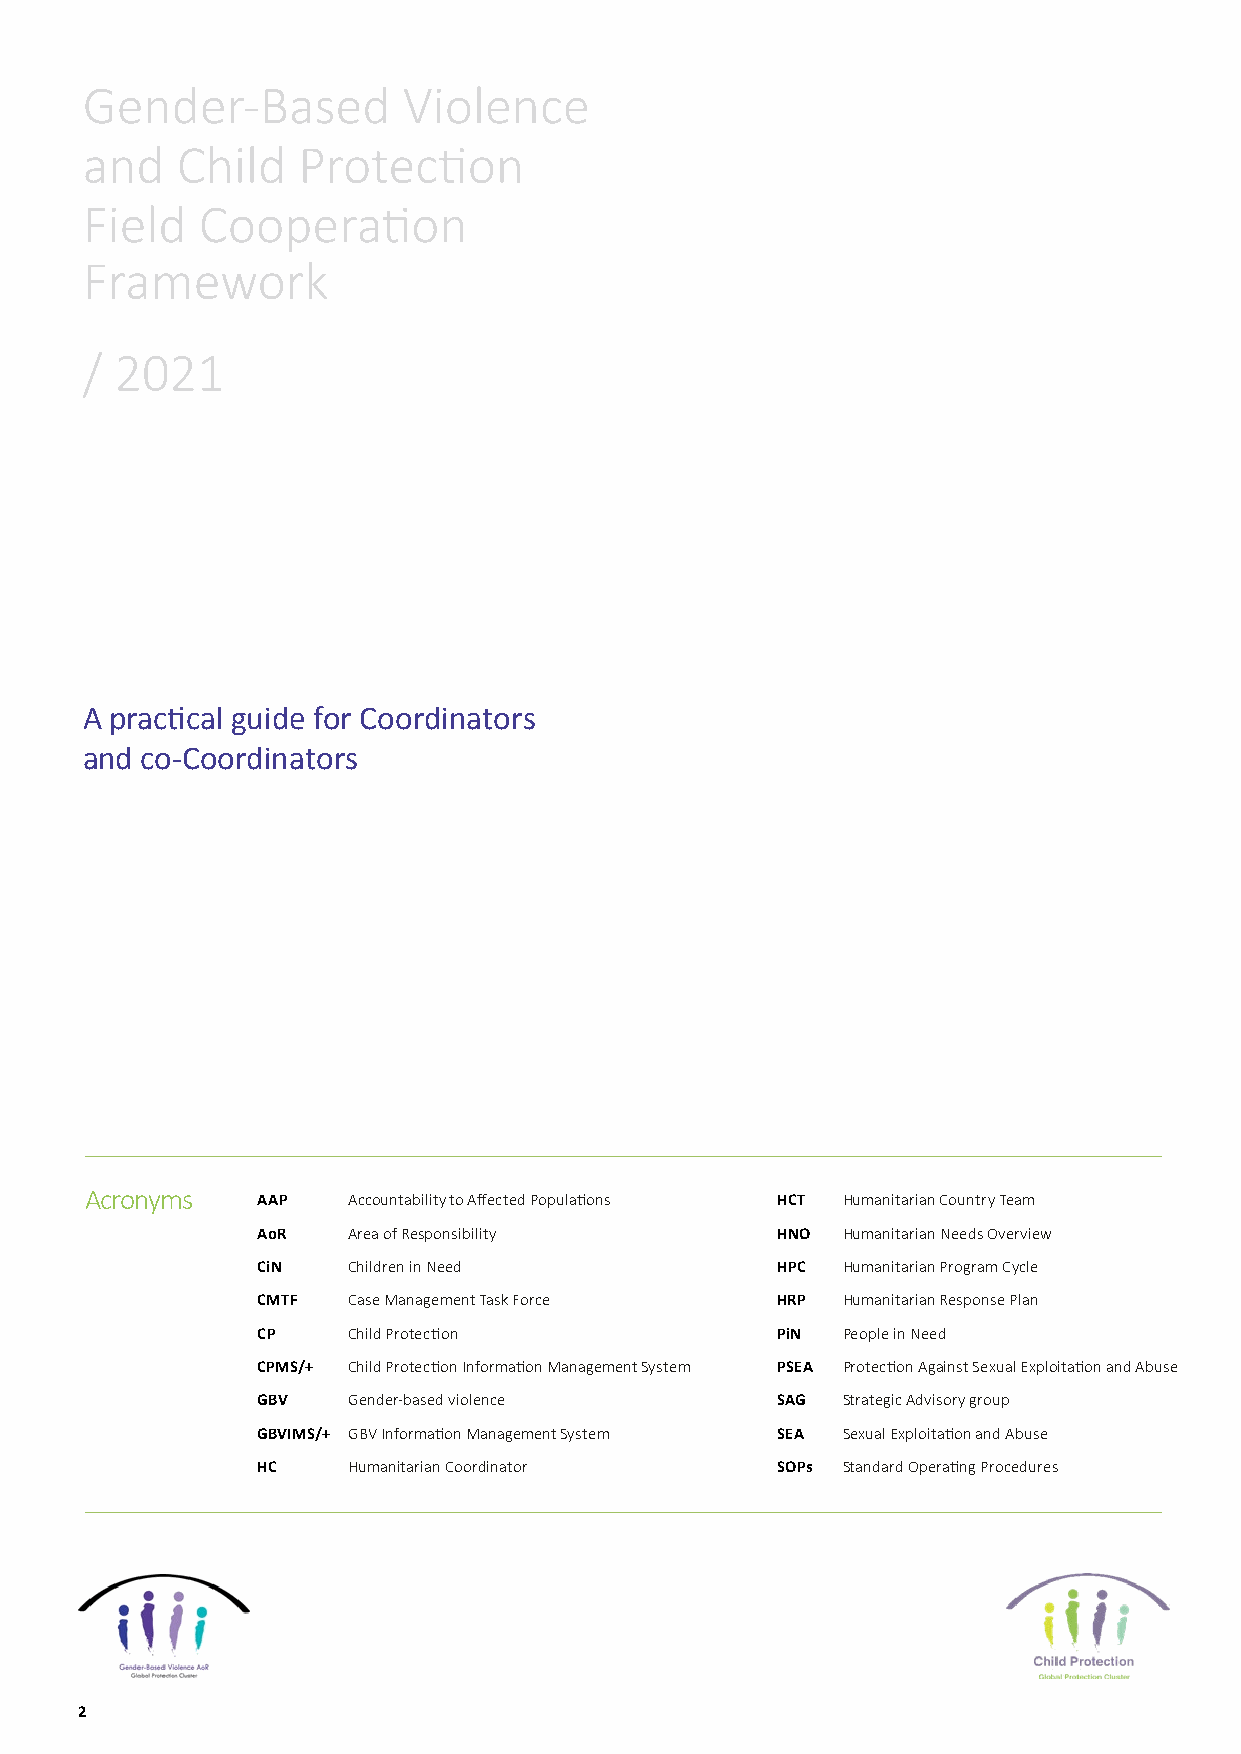
Gender-Based          Violence
 and    Child   Protection
 Field   Cooperation
 Framework
 /  2021
 A practical guide for Coordinators
 and co-Coordinators
 Acronyms   AAP   Accountability to Affected Populations HCT Humanitarian Country Team
 AoR   Area of Responsibility      HNO  Humanitarian Needs Overview
 CiN   Children in Need            HPC  Humanitarian Program Cycle
 CMTF  Case Management Task Force  HRP  Humanitarian Response Plan
 CP    Child Protection            PiN  People in Need
 CPMS/+ Child Protection Information Management System PSEA Protection Against Sexual Exploitation and Abuse
 GBV   Gender-based violence       SAG  Strategic Advisory group
 GBVIMS/+ GBV Information Management System SEA Sexual Exploitation and Abuse
 HC    Humanitarian Coordinator    SOPs Standard Operating Procedures
 2